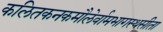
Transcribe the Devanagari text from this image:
कलितकनकमौलेर्वामभागस्थसीता